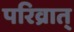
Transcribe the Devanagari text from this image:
परिव्रात्